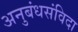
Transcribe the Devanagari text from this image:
अनुबंधसंविदा